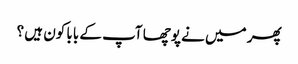
پھر میں نے پوچھا آپ کے بابا کون ہیں ؟